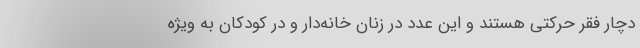
دچار فقر حرکتی هستند و این عدد در زنان خانه‌دار و در کودکان به ویژه